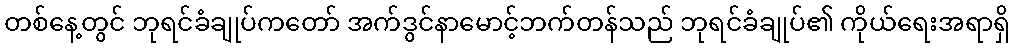
တစ်နေ့တွင် ဘုရင်ခံချုပ်ကတော် အက်ဒွင်နာမောင့်ဘက်တန်သည် ဘုရင်ခံချုပ်၏ ကိုယ်ရေးအရာရှိ